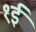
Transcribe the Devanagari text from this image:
१ई